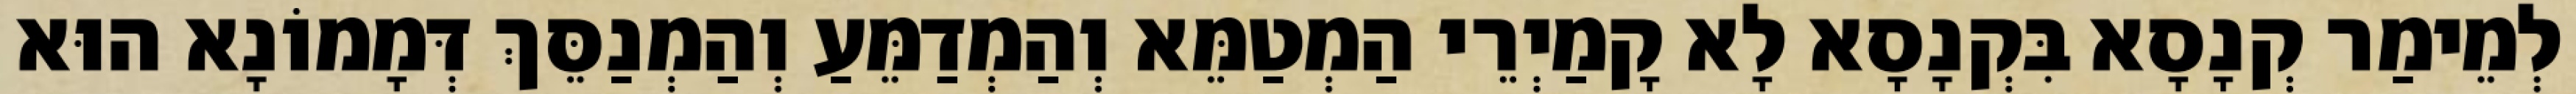
לְמֵימַר קְנָסָא בִּקְנָסָא לָא קָמַיְרֵי הַמְטַמֵּא וְהַמְדַמֵּעַ וְהַמְנַסֵּךְ דְּמָמוֹנָא הוּא